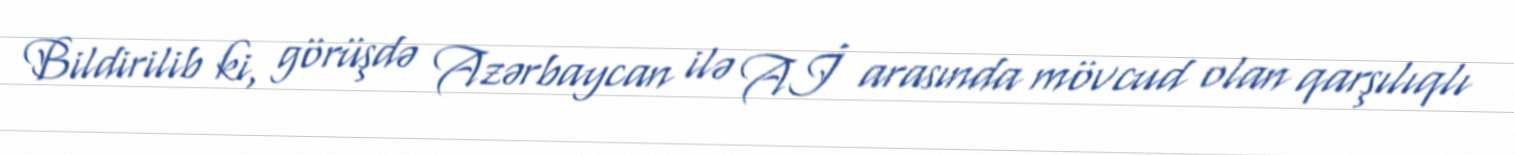
Bildirilib ki, görüşdə Azərbaycan ilə Aİ arasında mövcud olan qarşılıqlı